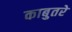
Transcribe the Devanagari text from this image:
काबुतरे